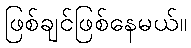
ဖြစ်ချင်ဖြစ်နေမယ်။